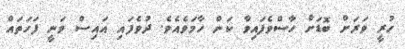
ހުރީ ވަރަށް ބޮޑަށް ހާސްވެފައިވާ ކަން ހާމަވެއެވެ. ދުވެފައި އައިސް ވަނީ ފަހަތައް